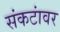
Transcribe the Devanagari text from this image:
संकटांवर